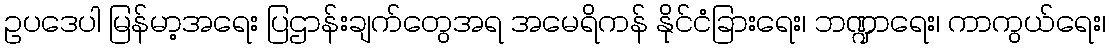
ဥပဒေပါ မြန်မာ့အရေး ပြဌာန်းချက်တွေအရ အမေရိကန် နိုင်ငံခြားရေး၊ ဘဏ္ဍာရေး၊ ကာကွယ်ရေး၊